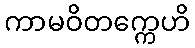
ကာမဝိတက္ကေဟိ